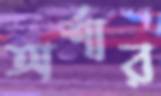
অর্শার